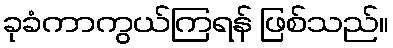
ခုခံကာကွယ်ကြရန် ဖြစ်သည်။